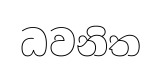
ධවනිත